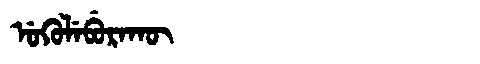
Manchu: ᡠᡴᡠᠯᡝᠪᡠᡵᠠᡴᡡ
Romanization: UKULEBURAKŪ